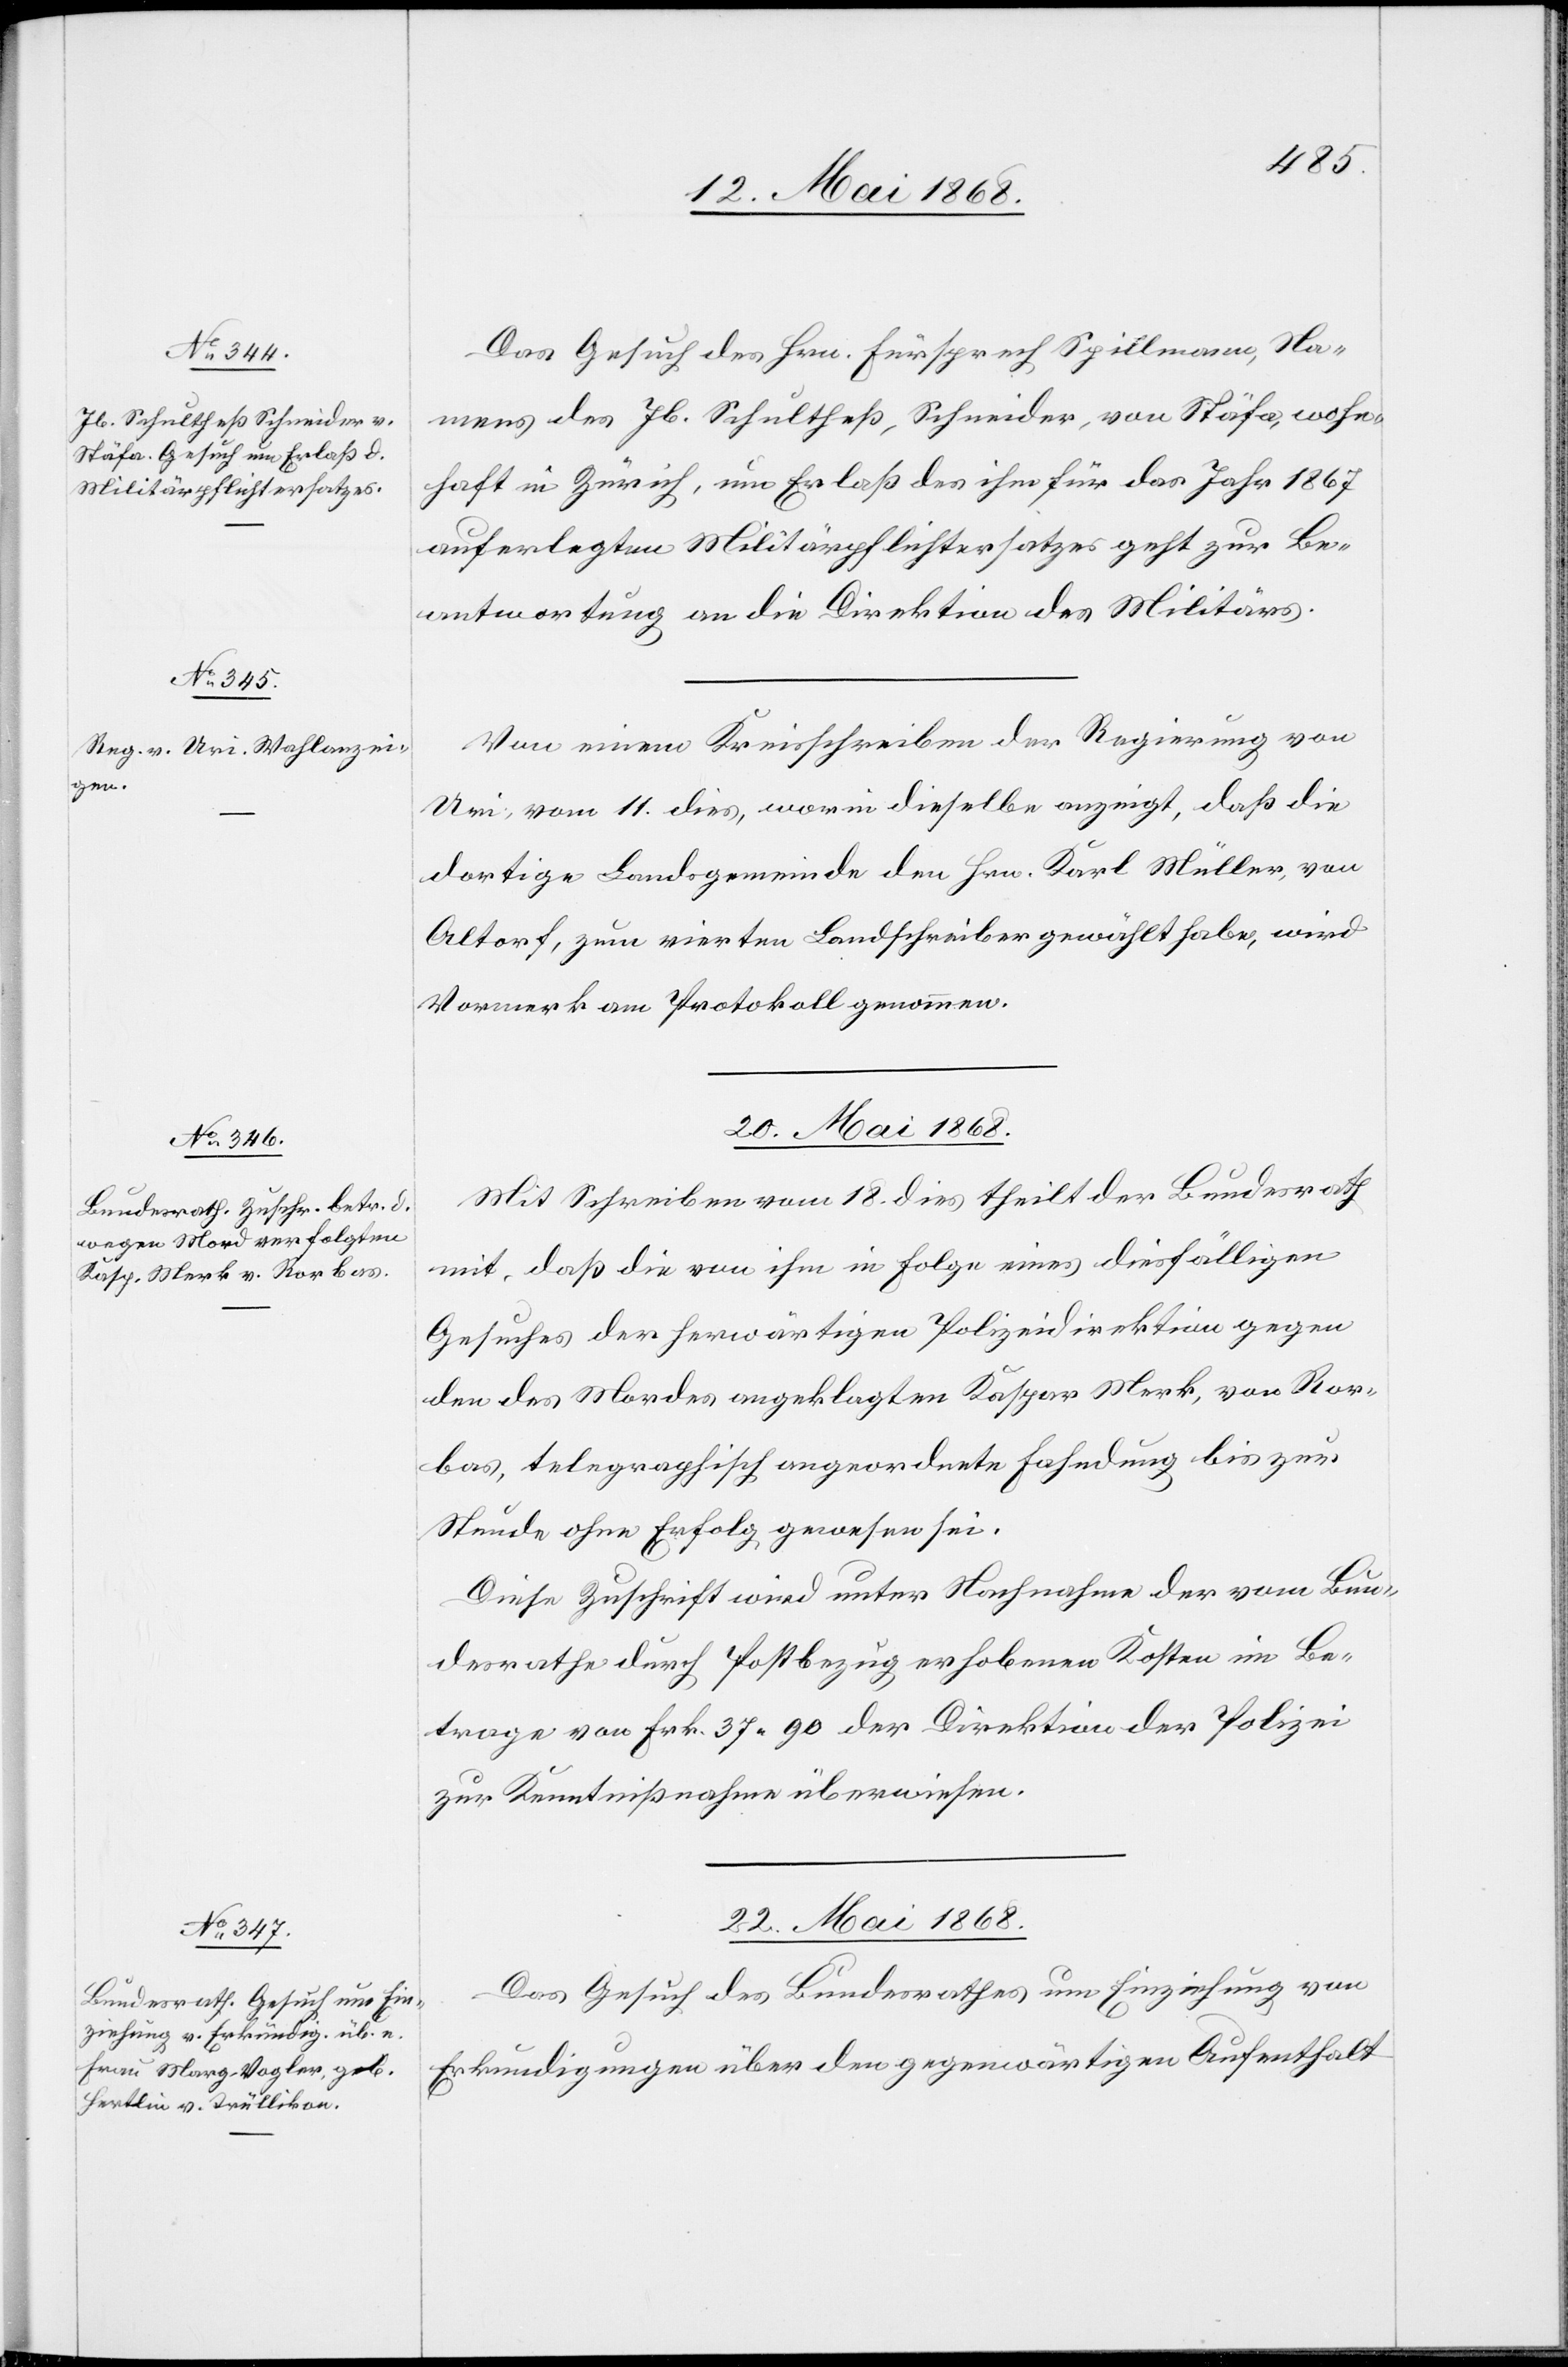
18. Mai 1868.]
Das Gesuch des Hrn. Fürsprech Spillmann, Na¬
mens des Jb. Schultheß, Schneider, von Stäfa, wohn¬
haft in Zürich, um Erlaß des ihm für das Jahr 1867
auferlegten Militärpflichtersatzes geht zur Be¬
antwortung an die Direktion des Militärs.
Von einem Kreisschreiben der Regierung von
Uri, vom 11. dies, worin dieselbe anzeigt, daß die
dortige Landsgemeinde den Hrn. Karl Müller, von
Altorf, zum vierten Landschreiber gewählt habe, wird
Vormerk am Protokoll genommen.
20. Mai 1868.
Mit Schreiben vom 18. dies theilt der Bundesrath
mit, daß die von ihm in Folge eines diesfälligen
Gesuches der herwärtigen Polizeidirektion gegen
den des Mordes angeklagten Kaspar Merk, von Ror¬
bas, telegraphisch angeordnete Fahndung bis zur
Stunde ohne Erfolg gewesen sei.
Diese Zuschrift wird unter Nachnahme der vom Bun¬
desrathe durch Postbezug erhobenen Kosten im Be¬
trage von Frk. 37. 90 der Direktion der Polizei
zur Kenntnißnahme überwiesen.
22. Mai 1868.
Das Gesuch des Bundesrathes um Einziehung von
Erkundigungen über den gegenwärtigen Aufenthalt